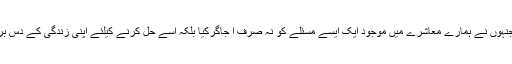
ایسی شخصیت جنہوں نے ہمارے معاشرے میں موجود ایک ایسے مسئلے کو نہ صرف ا جاگرکیا بلکہ اسے حل کرنے کیلئے اپنی زندگی کے دس برس گزار دئیے۔